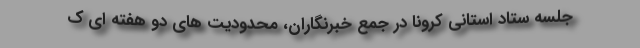
جلسه ستاد استانی کرونا در جمع خبرنگاران، محدودیت های دو هفته ای ک